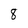
Character: 8